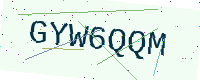
Text: GYW6QQM